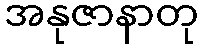
အနုဇာနာတု